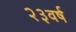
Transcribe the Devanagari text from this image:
२३वर्ष